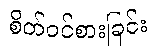
စိတ်ဝင်စားခြင်း